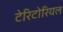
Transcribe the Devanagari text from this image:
टेरिटोरियल